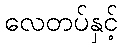
လေတပ်နှင့်